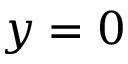
y = 0